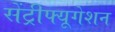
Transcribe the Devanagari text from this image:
सेंट्रीफ्यूगेशन